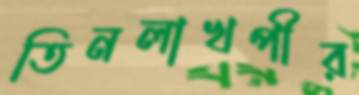
তিনলাখপীর